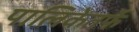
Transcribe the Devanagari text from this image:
पालिकेतर्फे